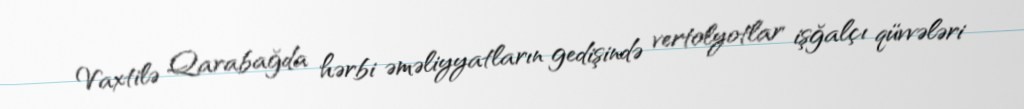
Vaxtilə Qarabağda hərbi əməliyyatların gedişində vertolyotlar işğalçı qüvvələri